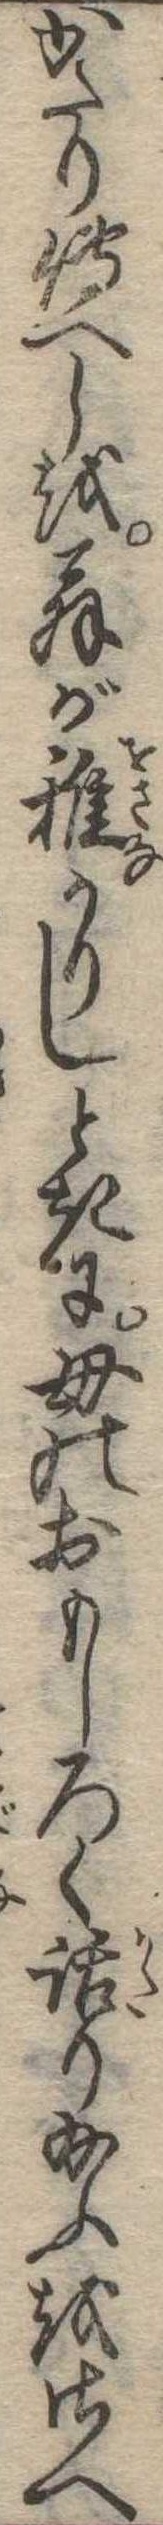
かたり伝へしを翁が稚かりしときに母のおもしろく話り給ふをさへ